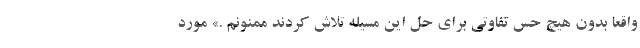
واقعا بدون هیچ حس تفاوتی برای حل این مسیٔله تلاش کردند ممنونم .» مورد